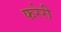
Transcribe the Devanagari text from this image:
फरेरी